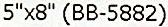
5"X8" (BB-5882)